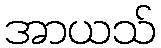
အာယသ်